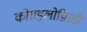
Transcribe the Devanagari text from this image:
कोराइलोफ़िडी